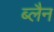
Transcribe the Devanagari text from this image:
ब्लैन